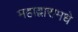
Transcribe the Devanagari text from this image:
महाद्वारामधे